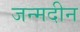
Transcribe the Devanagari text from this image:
जन्मदीन